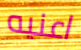
اعنيه